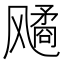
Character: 𬲆